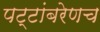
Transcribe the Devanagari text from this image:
पट्टांबरेणच